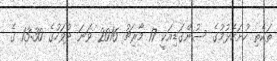
ތަކެތި ހުށަހެޅުމުގެ ސުންގަޑިއަކީ 17 މާރިޗު 2016 ވަނަ ދުވަހުގެ 13:30 ގެ